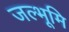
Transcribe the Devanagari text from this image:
जल्भूमि